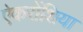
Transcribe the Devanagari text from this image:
ऐकरोंशिया